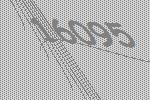
16095